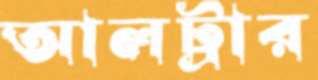
আলট্রার